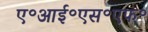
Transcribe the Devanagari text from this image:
ए॰आई॰एस॰एफ॰